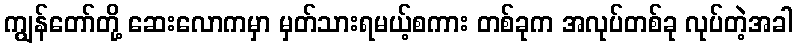
ကျွန်တော်တို့ ဆေးလောကမှာ မှတ်သားရမယ့်စကား တစ်ခုက အလုပ်တစ်ခု လုပ်တဲ့အခါ